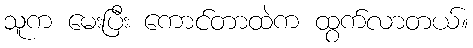
သူက မေးပြီး ကောင်တာထဲက ထွက်လာတယ်။